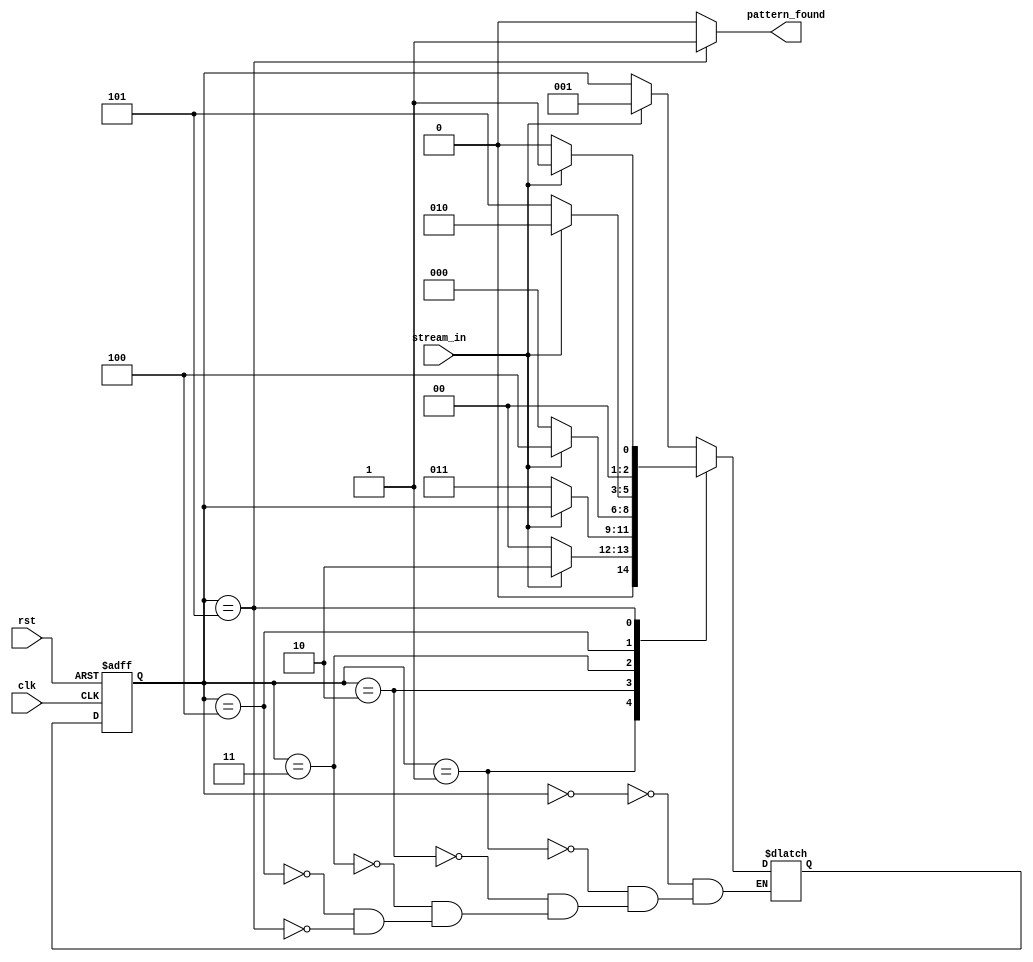
module pattern_detector (
    input clk,
    input rst,
    input stream_in,
    output reg pattern_found
);

    parameter state_reg_width = 3;
    parameter [state_reg_width-1 : 0]   state       = 3'b000,
                                        state_1     = 3'b001,
                                        state_11    = 3'b010,
                                        state_110   = 3'b011,
                                        state_1101  = 3'b100,
                                        state_11010 = 3'b101;

    reg [state_reg_width-1 : 0] curr_state, next_state;

    always @(posedge clk or posedge rst) begin

        if(rst) begin
            curr_state <= state;
        end
        else begin
            curr_state <= next_state;
        end
    end

    always @(*) begin

        //default value
        pattern_found = 0;

        case (curr_state)
        state: begin
            if(stream_in == 1) begin
                next_state = state_1;
            end
            else begin
                next_state = curr_state;
            end
        end
        state_1: begin
                if(stream_in == 1) begin
                    next_state = state_11;
                end
                else begin
                    next_state = state;
                end
            end
            state_11: begin
                if(stream_in == 0) begin
                    next_state = state_110;
                end
                else begin
                    next_state = curr_state;
                end
            end
            state_110: begin
                if(stream_in == 1) begin
                    next_state = state_1101;
                end
                else begin
                    next_state = state;
                end
            end
            state_1101: begin
                if(stream_in == 0) begin
                    next_state = state_11010;
                end
                else begin
                    next_state = state_11;
                end
            end
            state_11010: begin
                if(stream_in == 1) begin
                    next_state = state_1;
                end
                else begin
                    next_state = state;
                end

                //Set output for 1 clk cycle
                pattern_found = 1;
            end
        endcase
    end
endmodule